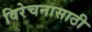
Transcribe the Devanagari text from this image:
विरेचनासाठी